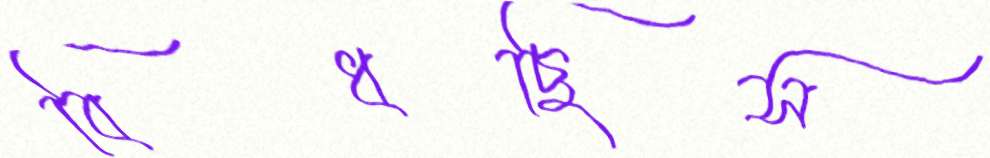
বিঁধছিস